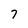
Character: 7